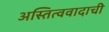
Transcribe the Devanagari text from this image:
अस्तित्ववादाची